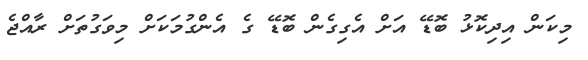
މިކަން އިދިކޮޅު ބޮޑޭ އަށް އެގިގެން ބޮޑޭ ގެ އެންގުމަކަށް މިވަގުތަށް ރާއްޖެ